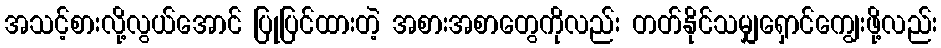
အသင့်စားလို့လွယ်အောင် ပြုပြင်ထားတဲ့ အစားအစာတွေကိုလည်း တတ်နိုင်သမျှရှောင်ကျွေးဖို့လည်း